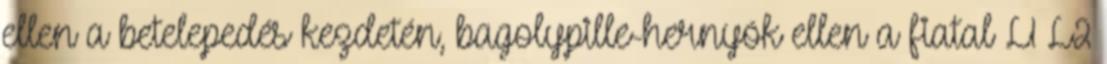
ellen a betelepedés kezdetén, bagolypille-hernyók ellen a fiatal L1–L2